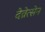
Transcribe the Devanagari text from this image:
देव्रेत्सेन